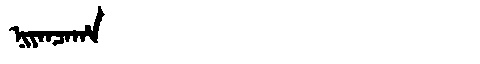
Manchu: ᠨᡳᠶᠠᠨᠴᠠᡥᠠ
Romanization: NIYANCAHA